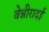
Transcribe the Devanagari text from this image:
वेन्नीरादई